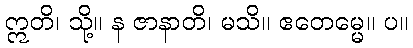
ဣတိ၊ သို့။ န ဇာနာတိ၊ မသိ။ ဧတေမ္မေ။ ပ။